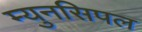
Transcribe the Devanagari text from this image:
म्युनसिपल